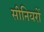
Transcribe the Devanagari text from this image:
सीनियरों